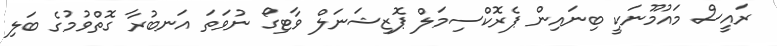
ރައީސް މައުމޫނަކީ ބިނައިން ޕެރޮކްސިމަލް ޕޮޒިޝަނަލް ވާޓިގޯ ނުވަތަ އަނބުރާ ގޮތްވުމުގެ ބަލި